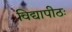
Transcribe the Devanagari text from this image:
विद्यापीठः